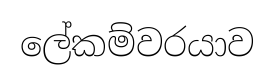
ලේකම්වරයාව